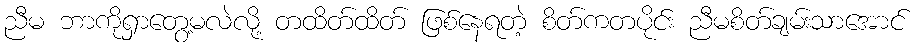
ညီမ ဘာကိုရှာတွေ့မလဲလို့ တထိတ်ထိတ် ဖြစ်နေရတဲ့ စိတ်ကတပိုင်း ညီမစိတ်ချမ်းသာအောင်